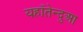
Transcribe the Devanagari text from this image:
यहाँतेन्दुआ